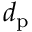
d _ { \mathrm { p } }